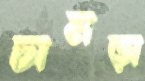
চামড়া